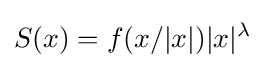
S(x)=f(x/|x|)|x|^{\lambda }